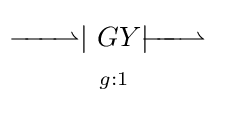
{\begin{matrix}\ {\overset {\textstyle }{\underset {\textstyle }{\!\!\!-\!\!\!-\!\!\!-\!\!\!\rightharpoonup }}}|\ GY{\overset {\textstyle }{\underset {\textstyle }{|\!\!\!-\!\!\!-\!\!\!-\!\!\!\rightharpoonup }}}\ \\^{g:1}\end{matrix}}